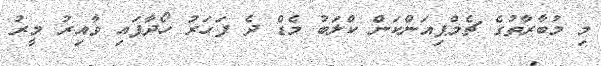
މި މުބާރާތުގެ ޗެމްޕިއަންކަން ކްލަބު މެޑް ދެ ފަހަރު ހޯދާފައި ވާއިރު މީރު